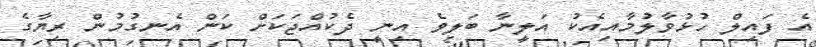
އެ ފައިލް ހުޅުވާލުމާއިއެކު އަލީނާ ބަލިވެ އިނީ ދެކުއްޖަކަށް ކަން އެނގުމުން ރިޔާގެ